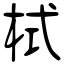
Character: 栻